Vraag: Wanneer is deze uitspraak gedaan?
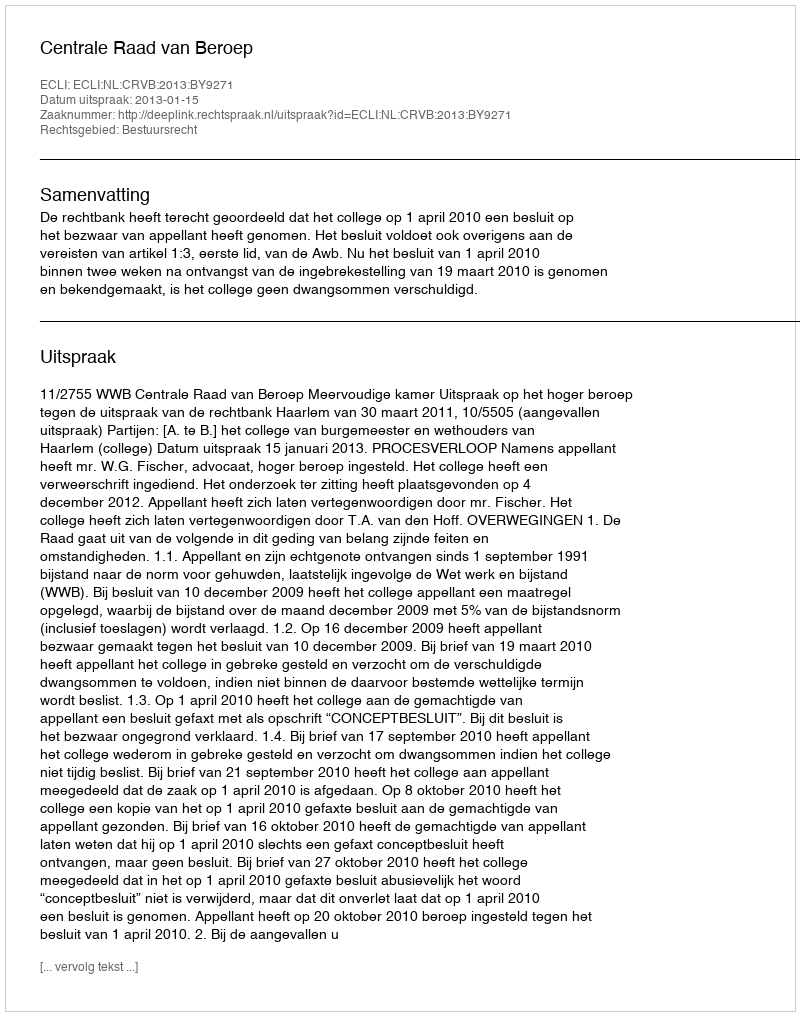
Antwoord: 2013-01-15